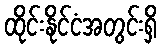
ထိုင်းနိုင်ငံအတွင်းရှိ